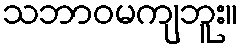
သဘာဝမကျဘူး။